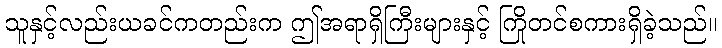
သူနှင့်လည်းယခင်ကတည်းက ဤအရာရှိကြီးများနှင့် ကြိုတင်စကားရှိခဲ့သည်။